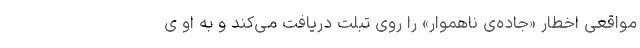
مواقعی اخطار «جاده‌ی ناهموار» را روی تبلت دریافت می‌کند و به او ی